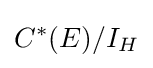
C^{*}(E)/I_{H}